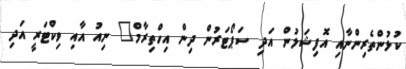
ކުޅުންތެރިންނާއި އޮފިޝަލުން އަދި ސަޕޯޓަރުން ދިން އިހްތިރާމް" ނިއު އާއި ވިކްޓަރީ އަދި